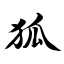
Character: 狐